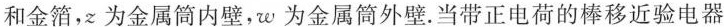
和金箔，z为金属筒内壁，w为金属筒外壁。当带正电荷的棒移近验电器